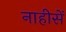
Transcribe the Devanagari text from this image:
नाहीसें